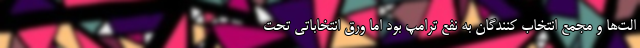
الت‌ها و مجمع انتخاب کنندگان به نفع ترامپ بود اما ورق انتخاباتی تحت